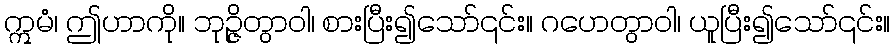
ဣမံ၊ ဤဟာကို။ ဘုဉ္ဇိတွာဝါ၊ စားပြီး၍သော်၎င်း။ ဂဟေတွာဝါ၊ ယူပြီး၍သော်၎င်း။